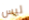
ليس